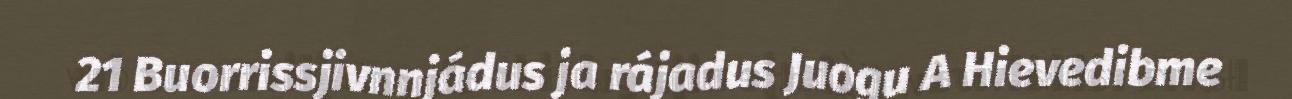
21 Buorrissjivnnjádus ja rájadus Juogu A Hievedibme